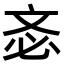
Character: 𣁆